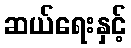
ဆယ်ရေးနှင့်